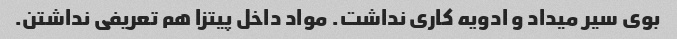
بوی سیر میداد و ادویه کاری نداشت. مواد داخل پیتزا هم تعریفی نداشتن.